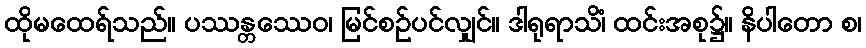
ထိုမထေရ်သည်။ ပဿန္တဿေဝ၊ မြင်စဉ်ပင်လျှင်။ ဒါရုရာသိံ၊ ထင်းအစု၌။ နိပါတော စ၊